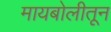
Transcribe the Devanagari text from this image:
मायबोलीतून